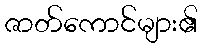
ဇာတ်ကောင်များ၏